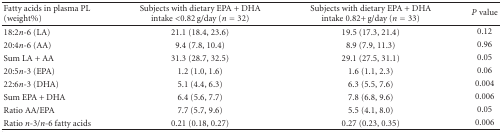
| Fatty acids in plasma PL (weight%) | Subjects with dietary EPA + DHA intake <0.82 g/day (n = 32) | Subjects with dietary EPA + DHA intake 0.82+ g/day (n = 33) | P value |
 | --- | --- | --- | --- |
 | 18:2n-6 (LA) | 21.1 (18.4, 23.6) | 19.5 (17.3, 21.4) | 0.12 |
 | 20:4n-6 (AA) | 9.4 (7.8, 10.4) | 8.9 (7.9, 11.3) | 0.96 |
 | Sum LA + AA | 31.3 (28.7, 32.5) | 29.1 (27.5, 31.1) | 0.05 |
 | 20:5n-3 (EPA) | 1.2 (1.0, 1.6) | 1.6 (1.1, 2.3) | 0.06 |
 | 22:6n-3 (DHA) | 5.1 (4.4, 6.3) | 6.3 (5.5, 7.6) | 0.004 |
 | Sum EPA + DHA | 6.4 (5.6, 7.7) | 7.8 (6.8, 9.6) | 0.006 |
 | Ratio AA/EPA | 7.7 (5.7, 9.6) | 5.5 (4.1, 8.0) | 0.05 |
 | Ratio n-3/n-6 fatty acids | 0.21 (0.18, 0.27) | 0.27 (0.23, 0.35) | 0.006 |